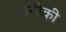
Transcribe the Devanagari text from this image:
पानीकी